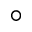
\circ